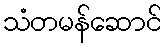
သံတမန်ဆောင်